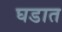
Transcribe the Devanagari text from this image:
घडात